Civil Veterinary Dept. Bombay admin report 1932-41 - 1932-1941
Year: 1932
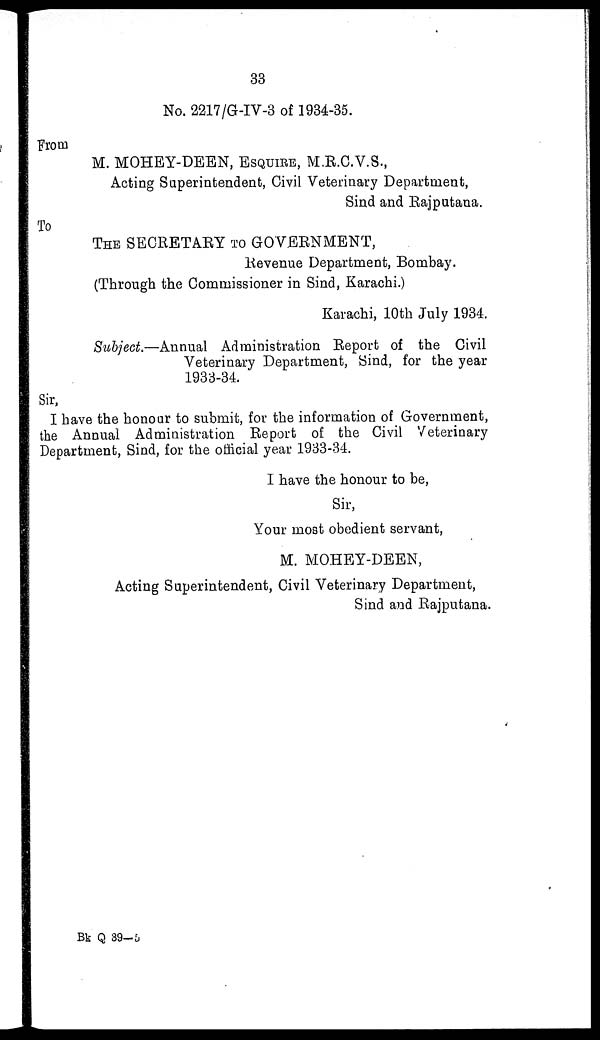
33
No. 2217/G-IV-3 of 1934-35.
From
M. MOHEY-DEEN, ESQUIRE, M.R.C.V.S.,
Acting Superintendent, Civil Veterinary Department,
Sind and Rajputana.
To
THE SECRETARY TO GOVERNMENT,
Revenue Department, Bombay.
(Through the Commissioner in Sind, Karachi.)
Karachi, 10th July 1934.
Subject.—Annual Administration Report of the Civil
Veterinary Department, Sind, for the year
1933-34.
Sir,
I have the honour to submit, for the information of Government,
the Annual Administration Report of the Civil Veterinary
Department, Sind, for the official year 1933-34.
I have the honour to be,
Sir,
Your most obedient servant,
M. MOHEY-DEEN,
Acting Superintendent, Civil Veterinary Department,
Sind and Rajputana.
Bk Q 39-5